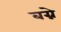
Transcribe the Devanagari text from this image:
बग्ने